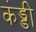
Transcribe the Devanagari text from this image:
कंड्डी